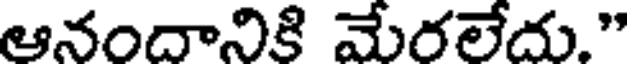
ఆనందానికి మేరలేదు."